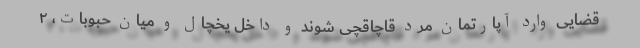
قضایی وارد آپارتمان مرد قاچاقچی شوند و داخل یخچال و میان حبوبات، ۲